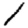
Digit: 1